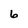
Character: 6